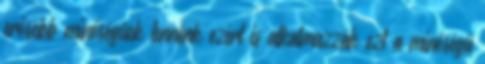
erősebb minőségűek lennénk ezért is alkalmazzák ezt a minőségű